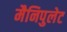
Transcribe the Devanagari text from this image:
मैनिपुलेट